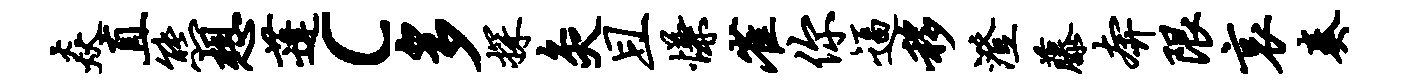
焱直熊想蓬c多探灸且慊雀你逼移澄藤奔限哀奏